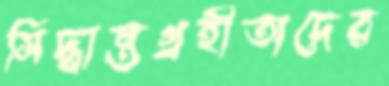
সিদ্ধান্তগ্রহীতাদের